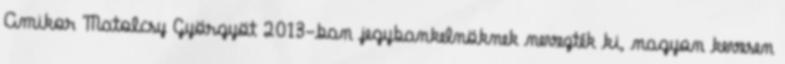
Amikor Matolcsy Györgyöt 2013-ban jegybankelnöknek nevezték ki, nagyon kevesen